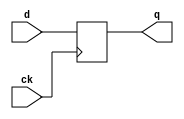
`timescale 1ns / 1ps
//////////////////////////////////////////////////////////////////////////////////
// Company: 
// Engineer: 
// 
// Design Name: 
// Module Name:    FF_10 
// Project Name: 
// Target Devices: 
// Tool versions: 
// Description: 
//
// Dependencies: 
//
// Revision: 
// Revision 0.01 - File Created
// Additional Comments: 
//
//////////////////////////////////////////////////////////////////////////////////
module FF_10(
	input ck,d,
	output reg q
	);
	
always @ (posedge ck )
	q <= d;
endmodule